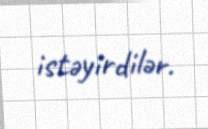
istəyirdilər.